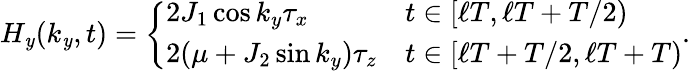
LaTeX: H_{\mathit{y}}(k_{\mathit{y}},t)=\left\{ \begin{array}{ll}{2J_{1}\cos k_{y}\tau_{x}}&{t\in[\ell T,\ell T+T/2)}\\ {2(\mu+J_{2}\sin k_{y})\tau_{z}}&{t\in[\ell T+T/2,\ell T+T)}\end{array}\right..